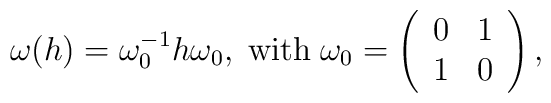
\omega(h) = \omega^{-1}_0 h \omega_0, \; \mathrm{with} \;\omega_0 = \left( \begin{array}{cc} 0 & 1 \\ 1 & 0 \end{array} \right),